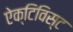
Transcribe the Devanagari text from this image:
ऐक्टिविस्ट